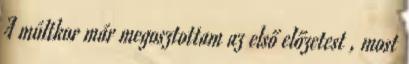
A múltkor már megosztottam az első előzetest , most